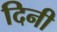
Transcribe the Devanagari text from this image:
दिनी